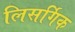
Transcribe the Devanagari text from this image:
लिसर्गिक